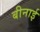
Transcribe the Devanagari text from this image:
बीनाई